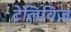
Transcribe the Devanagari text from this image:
टेलिविज़